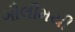
ગૌલીમયી